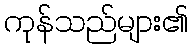
ကုန်သည်များ၏